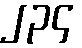
၂၃၄